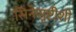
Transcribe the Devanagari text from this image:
सिनेसृष्टीशी